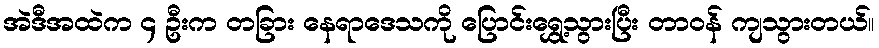
အဲဒီအထဲက ၄ ဦးက တခြား နေရာဒေသကို ပြောင်းရွှေ့သွားပြီး တာဝန် ကျသွားတယ်။